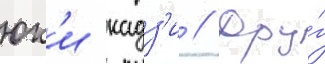
юк'и кадз'и // Дру́г